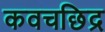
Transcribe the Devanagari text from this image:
कवचछिद्र